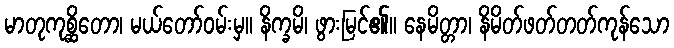
မာတုကုစ္ဆိတော၊ မယ်တော်ဝမ်းမှ။ နိက္ခမိ၊ ဖွားမြင်၏။ နေမိတ္တာ၊ နိမိတ်ဖတ်တတ်ကုန်သော